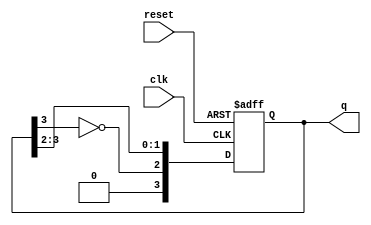
module johnson_counter #(parameter N = 4) (
    input wire clk,        // Clock signal
    input wire reset,      // Asynchronous reset
    output reg [N-1:0] q   // Counter output
);

// Sequential logic for Johnson counter
always @(posedge clk or posedge reset) begin
    if (reset) begin
        q <= 0; // Reset counter to 0
    end else begin
        q <= {~q[N-1], q[N-1:N-2]}; // Shift and feedback inverted last bit
    end
end

endmodule